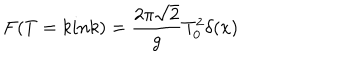
F ( T = k i n k ) = \frac { 2 \pi \sqrt { 2 } } { g } T _ { 0 } ^ { 2 } \delta ( x )